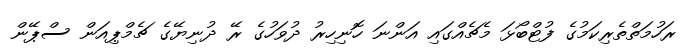
ރަހުމަތްތެރިކަމުގެ ފުޓްބޯޅަ މެޗެއްގައި އަންނަ ހޮނިހިރު ދުވަހުގެ ރޭ ދުނިޔޭގެ ޗެމްޕިއަން ސްޕޭން